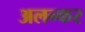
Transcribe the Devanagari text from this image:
अलन्कर